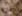
حاولا